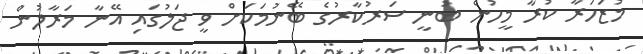
މުޒަހަރާ ކުރާ މީހުން ބުނީ ސަރުކާރުގެ ބޭނުމަކަށް ވީ ޖަލުގައި އޭނާ މަރާލުން